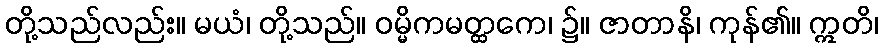
တို့သည်လည်း။ မယံ၊ တို့သည်။ ဝမ္မိကမတ္ထကေ၊ ၌။ ဇာတာနိ၊ ကုန်၏။ ဣတိ၊